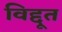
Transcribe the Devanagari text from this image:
विद्दूत